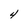
Character: 4